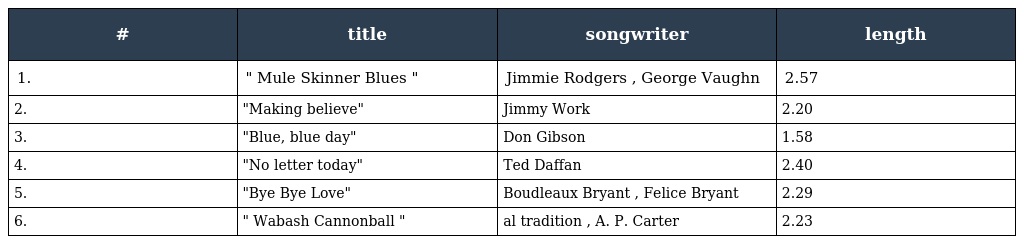
| # | title | songwriter | length |
 | --- | --- | --- | --- |
 | 1. | " Mule Skinner Blues " | Jimmie Rodgers , George Vaughn | 2.57 |
 | 2. | "Making believe" | Jimmy Work | 2.20 |
 | 3. | "Blue, blue day" | Don Gibson | 1.58 |
 | 4. | "No letter today" | Ted Daffan | 2.40 |
 | 5. | "Bye Bye Love" | Boudleaux Bryant , Felice Bryant | 2.29 |
 | 6. | " Wabash Cannonball " | al tradition , A. P. Carter | 2.23 |